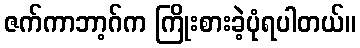
ဇက်ကာဘာ့ဂ်က ကြိုးစားခဲ့ပုံရပါတယ်။